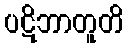
ပဋိဘာတူတိ